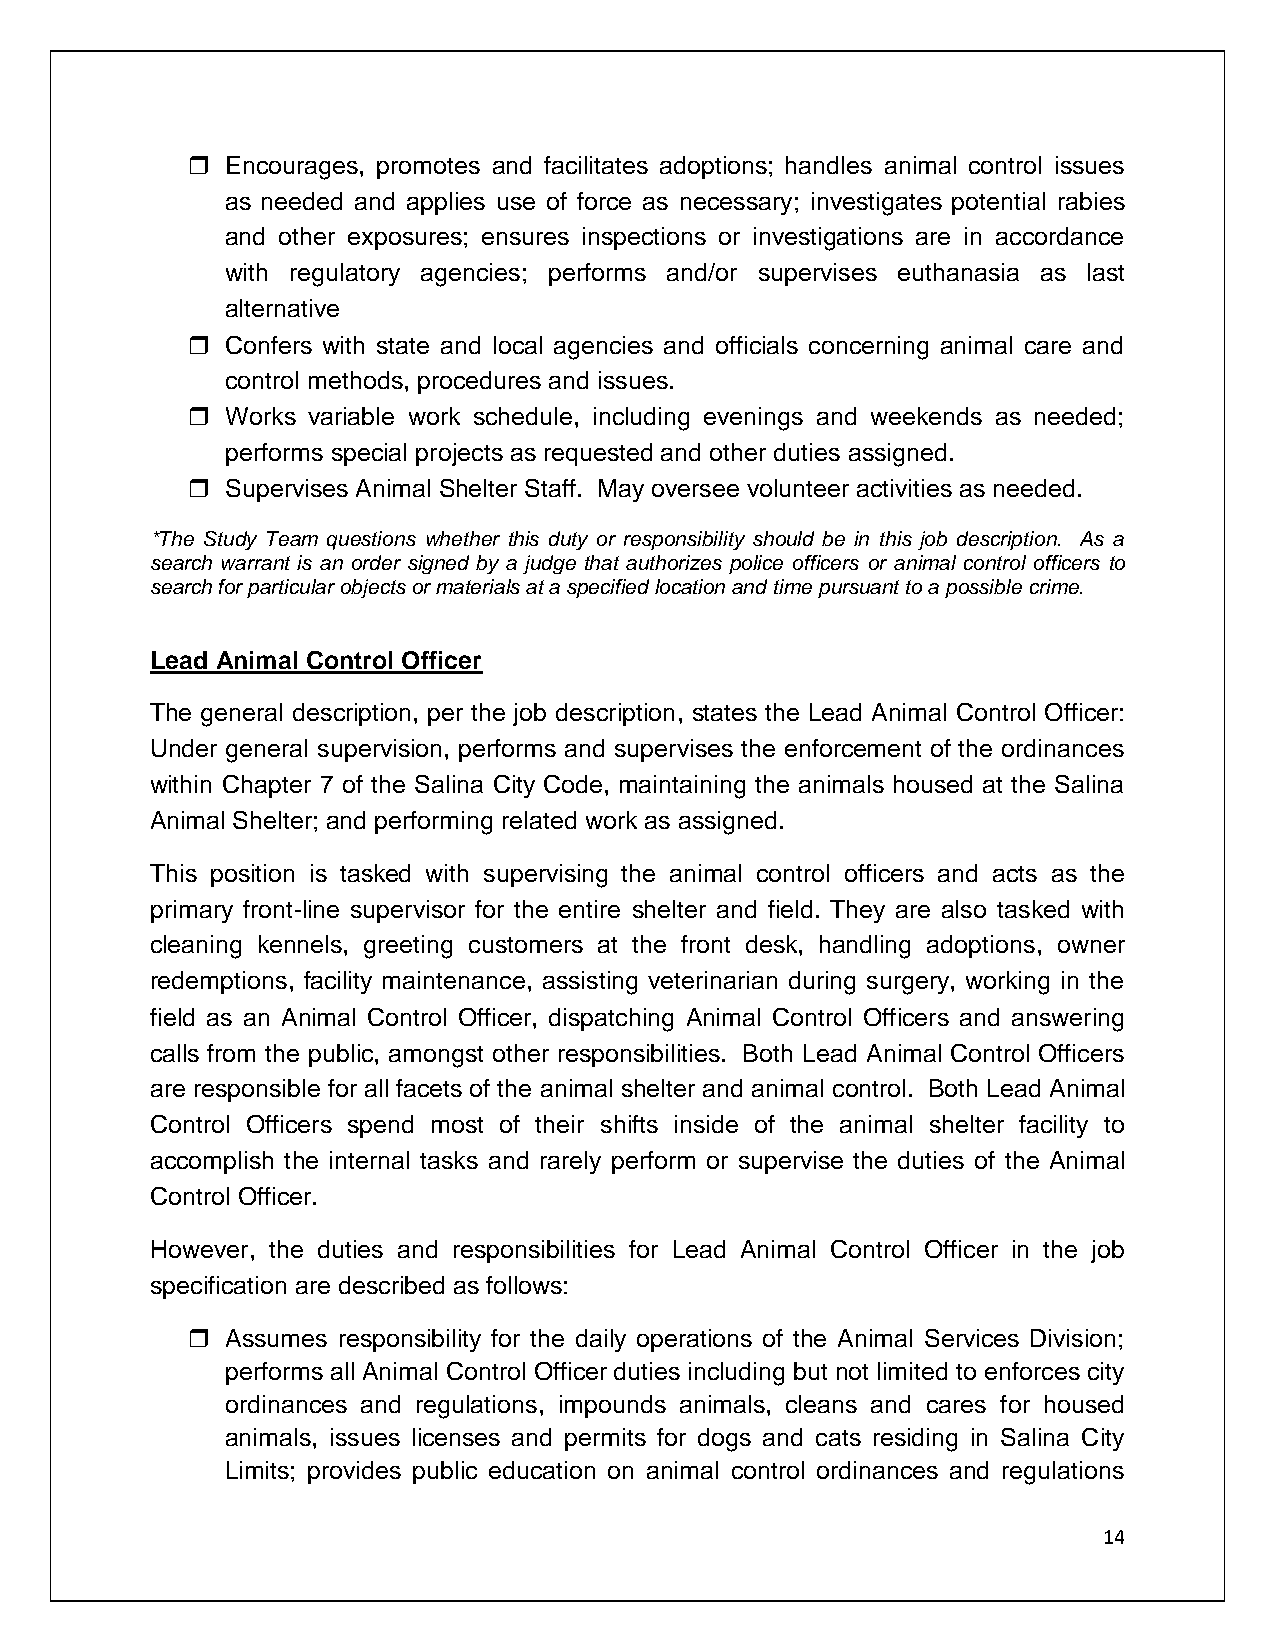
  Encourages, promotes and facilitates adoptions; handles animal control issues
 as needed and applies use of force as necessary; investigates potential rabies
 and other exposures; ensures inspections or investigations are in accordance
 with regulatory agencies; performs and/or supervises euthanasia as last
 alternative
   Confers with state and local agencies and officials concerning animal care and
 control methods, procedures and issues.
   Works variable work schedule, including evenings and weekends as needed;
 performs special projects as requested and other duties assigned.
   Supervises Animal Shelter Staff. May oversee volunteer activities as needed.
 *The Study Team questions whether this duty or responsibility should be in this job description. As a
 search warrant is an order signed by a judge that authorizes police officers or animal control officers to
 search for particular objects or materials at a specified location and time pursuant to a possible crime.
 Lead Animal Control Officer
 The general description, per the job description, states the Lead Animal Control Officer:
 Under general supervision, performs and supervises the enforcement of the ordinances
 within Chapter 7 of the Salina City Code, maintaining the animals housed at the Salina
 Animal Shelter; and performing related work as assigned.
 This position is tasked with supervising the animal control officers and acts as the
 primary front-line supervisor for the entire shelter and field. They are also tasked with
 cleaning kennels, greeting customers at the front desk, handling adoptions, owner
 redemptions, facility maintenance, assisting veterinarian during surgery, working in the
 field as an Animal Control Officer, dispatching Animal Control Officers and answering
 calls from the public, amongst other responsibilities. Both Lead Animal Control Officers
 are responsible for all facets of the animal shelter and animal control. Both Lead Animal
 Control Officers spend most of their shifts inside of the animal shelter facility to
 accomplish the internal tasks and rarely perform or supervise the duties of the Animal
 Control Officer.
 However, the duties and responsibilities for Lead Animal Control Officer in the job
 specification are described as follows:
   Assumes responsibility for the daily operations of the Animal Services Division;
 performs all Animal Control Officer duties including but not limited to enforces city
 ordinances and regulations, impounds animals, cleans and cares for housed
 animals, issues licenses and permits for dogs and cats residing in Salina City
 Limits; provides public education on animal control ordinances and regulations
 14